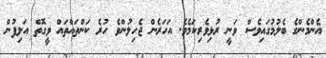
އެންމެންގެ ބެލުމުގައިވެސް ވަނީ ރުޅިވެރިކަމެވެ. އަހަރެން ޖެހިލުންވެ ހުރެ ކަންތައްތައް ވީގޮތް އަލިފުން